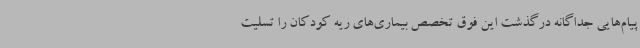
پیام‌هایی جداگانه درگذشت این فوق‌ تخصص بیماری‌های ریه کودکان را تسلیت